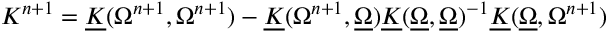
\begin{array} { r } { { K } ^ { n + 1 } = \underline { { K } } ( { \Omega } ^ { n + 1 } , { \Omega } ^ { n + 1 } ) - \underline { { K } } ( { \Omega } ^ { n + 1 } , \underline { { \Omega } } ) \underline { { K } } ( \underline { { \Omega } } , \underline { { \Omega } } ) ^ { - 1 } \underline { { K } } ( \underline { { \Omega } } , { \Omega } ^ { n + 1 } ) } \end{array}